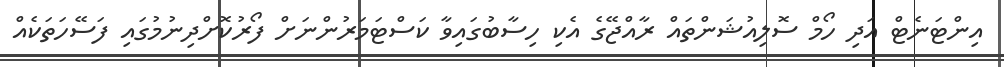
އިންޓަނެޓް އަދި ހޯމް ސޮލިއުޝަންތައް ރާއްޖޭގެ އެކި ހިސާބުގައިވާ ކަސްޓަމަރުންނަށް ފޯރުކޮށްދިނުމުގައި ފަސޭހަތަކެއް